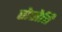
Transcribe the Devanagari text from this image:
सेसेत्ति